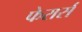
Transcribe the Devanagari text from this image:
फेरार्स